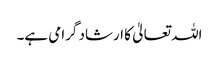
اللہ تعالیٰ کا ارشاد گرامی ہے۔